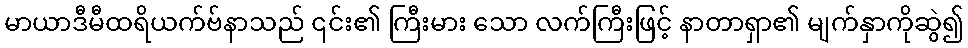
မာယာဒီမီထရိယက်ဗ်နာသည် ၎င်း၏ ကြီးမား သော လက်ကြီးဖြင့် နာတာရှာ၏ မျက်နှာကိုဆွဲ၍